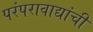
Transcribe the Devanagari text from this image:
परंपरावाद्यांची